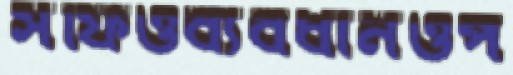
সফিওব্যবধানওপ